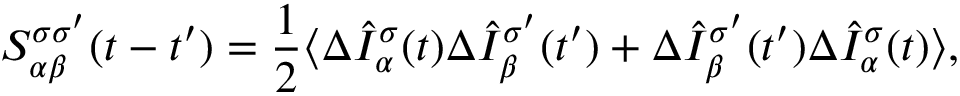
S _ { \alpha \beta } ^ { \sigma \sigma ^ { \prime } } ( t - t ^ { \prime } ) = \frac { 1 } { 2 } \langle \Delta \hat { I } _ { \alpha } ^ { \sigma } ( t ) \Delta \hat { I } _ { \beta } ^ { \sigma ^ { \prime } } ( t ^ { \prime } ) + \Delta \hat { I } _ { \beta } ^ { \sigma ^ { \prime } } ( t ^ { \prime } ) \Delta \hat { I } _ { \alpha } ^ { \sigma } ( t ) \rangle ,